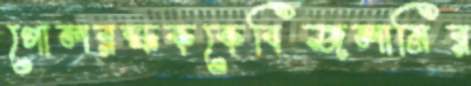
গোলরক্ষককেবিজলানির